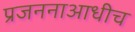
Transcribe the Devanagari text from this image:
प्रजननाआधीच